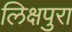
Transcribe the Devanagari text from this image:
लिक्षपुरा